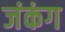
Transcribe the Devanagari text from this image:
जंकंग